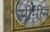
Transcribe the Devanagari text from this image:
सीनीन